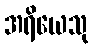
အရိယေသု